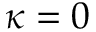
\kappa = 0